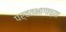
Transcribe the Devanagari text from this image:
पर्वतभागाच्या